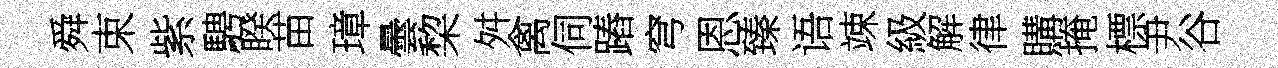
舜束紫騁睽苗璋曇棃舛禽伺蹖穹恩臻语竦級解律購掩標尹谷